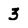
Character: 3